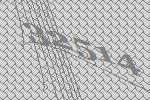
32514